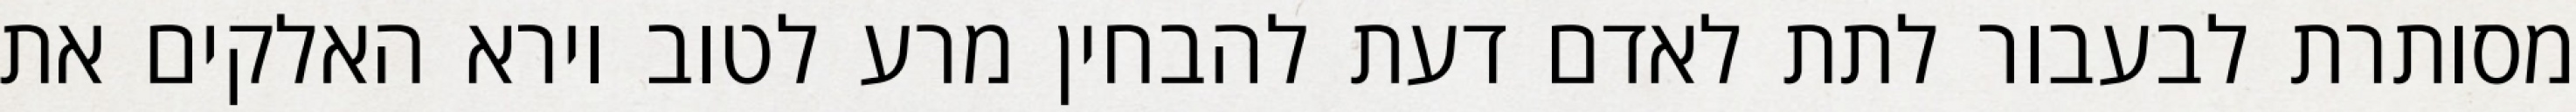
מסותרת לבעבור לתת לאדם דעת להבחין מרע לטוב וירא האלקים את